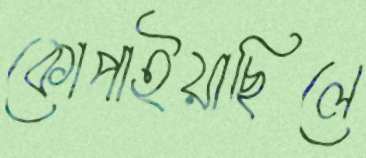
কোপাইয়াছিলে